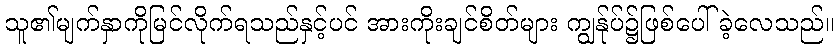
သူ၏မျက်နှာကိုမြင်လိုက်ရသည်နှင့်ပင် အားကိုးချင်စိတ်များ ကျွန်ုပ်၌ဖြစ်ပေါ်ခဲ့လေသည်။